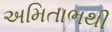
અમિતાભથી